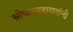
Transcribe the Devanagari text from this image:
सोपानमहाराजांनी